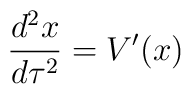
{{d^2x} \over {d\tau^2}} = V^{\prime}(x)